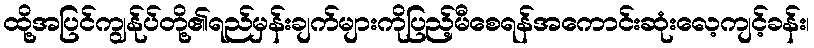
ထို့အပြင်ကျွန်ုပ်တို့၏ရည်မှန်းချက်များကိုပြည့်မီစေရန်အကောင်းဆုံးလေ့ကျင့်ခန်း၊